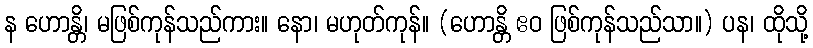
န ဟောန္တိ၊ မဖြစ်ကုန်သည်ကား။ နော၊ မဟုတ်ကုန်။ (ဟောန္တိ ဧဝ ဖြစ်ကုန်သည်သာ။) ပန၊ ထိုသို့